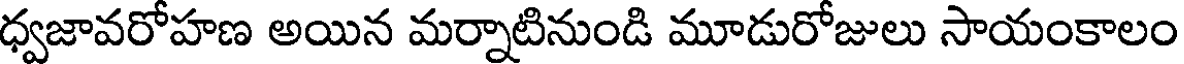
ధ్వజావరోహణ అయిన మర్నాటినుండి మూడురోజులు సాయంకాలం